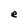
Character: e